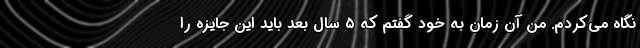
نگاه می‌کردم. من آن زمان به خود گفتم که ۵ سال بعد باید این جایزه را